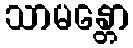
သာမန္တော